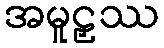
အမူဠှဿ